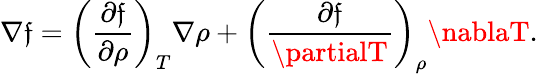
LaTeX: \nabla\mathfrak{f}=\left(\frac{{\partial\mathfrak{f}}}{{\partial\rho}}\right)_{T}\nabla\rho+\left(\frac{{\partial\mathfrak{f}}}{{\partialT}}\right)_{\rho}\nablaT.